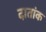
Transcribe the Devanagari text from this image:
दातांक